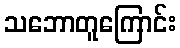
သဘောတူကြောင်း